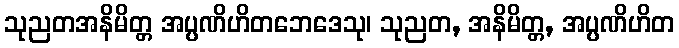
သုညတအနိမိတ္တ အပ္ပဏိဟိတဘေဒေသု၊ သုညတ, အနိမိတ္တ, အပ္ပဏိဟိတ